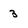
Character: 3